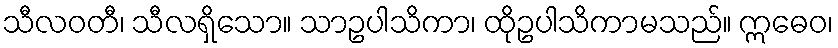
သီလဝတီ၊ သီလရှိသော။ သာဥပါသိကာ၊ ထိုဥပါသိကာမသည်။ ဣဓေဝ၊